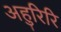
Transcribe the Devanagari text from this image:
अहुरिरि